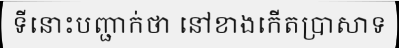
ទីនោះបញ្ជាក់ថា នៅខាងកើតប្រាសាទ